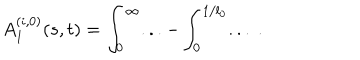
LaTeX: A _ { 1 } ^ { ( i , 0 ) } ( s , t ) = \int _ { 0 } ^ { \infty } . . . - \int _ { 0 } ^ { 1 / l _ { 0 } } . . . \ .